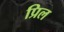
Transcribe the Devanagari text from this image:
प्रिल